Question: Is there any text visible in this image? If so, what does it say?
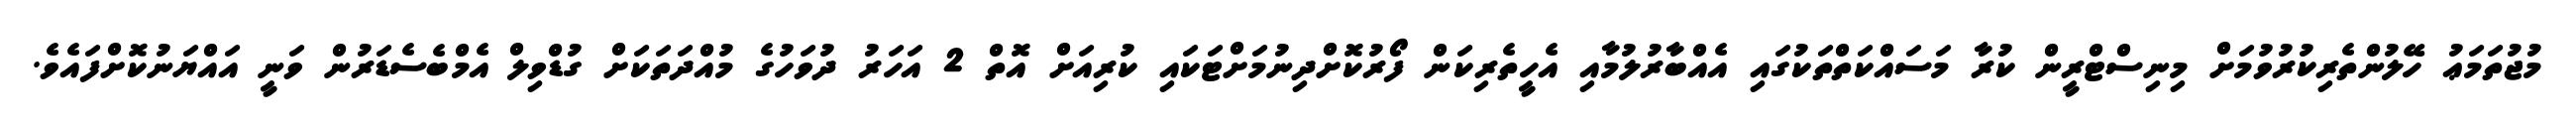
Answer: މުޖުތަމަޢު ހޭލުންތެރިކުރުވުމަށް މިނިސްޓްރީން ކުރާ މަސައްކަތްތަކުގައި އެއްބާރުލުމާއި އެހީތެރިކަން ފޯރުކޮށްދިނުމަށްޓަކައި ކުރިއަށް އޮތް 2 އަހަރު ދުވަހުގެ މުއްދަތަކަށް ގުޑްވިލް އެމްބެސެޑަރުން ވަނީ އައްޔަނުކޮށްފައެވެ.